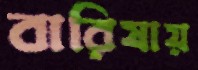
বারিষায়